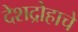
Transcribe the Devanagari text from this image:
देशद्रोहाचे